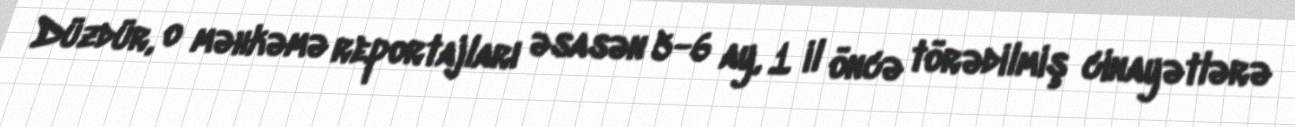
Düzdür, o məhkəmə reportajları əsasən 5-6 ay, 1 il öncə törədilmiş cinayətlərə